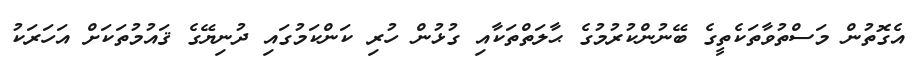
އެގޮތުން މަސްތުވާތަކެތީގެ ބޭނުންކުރުމުގެ ޙާލަތްތަކާއި ގުޅުން ހުރި ކަންކަމުގައި ދުނިޔޭގެ ޤައުމުތަކަށް އަހަރަކު